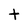
Character: t